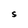
Character: S